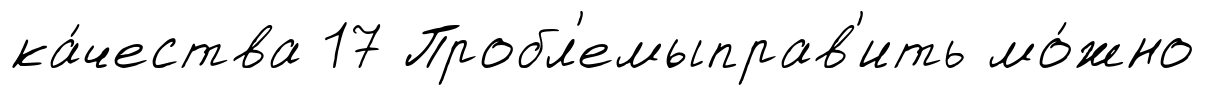
ка́чества 17 Пробл'емыправ'ить мо́жно